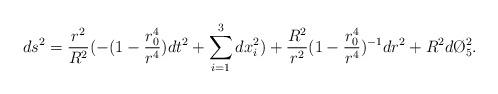
LaTeX: \begin{align*}ds^2={r^2\over R^2}(-(1-{r_0^4\over r^4})dt^2+\sum_{i=1}^{3}dx_i^2)+{R^2\over r^2}(1-{r_0^4\over r^4})^{-1}dr^2+R^2d\O_5^2.\end{align*}